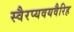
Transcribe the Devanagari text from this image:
स्वैरप्यवयवैरिह